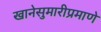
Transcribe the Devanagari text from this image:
खानेसुमारीप्रमाणे